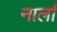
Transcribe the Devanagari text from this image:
नार्ला